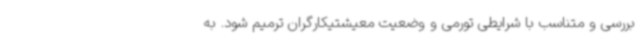
بررسی و متناسب با شرایطی تورمی و وضعیت معیشتیکارگران ترمیم شود. به